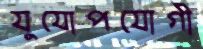
যুযোপযোগী